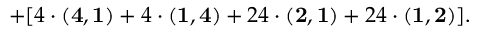
+ [ 4 \cdot { \bf ( 4 , 1 ) } + 4 \cdot { \bf ( 1 , 4 ) } + 2 4 \cdot { \bf ( 2 , 1 ) } + 2 4 \cdot { \bf ( 1 , 2 ) } ] .